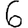
Digit: 6